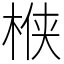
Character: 㮉